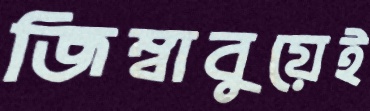
জিম্বাবুয়েই